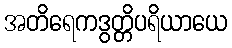
အတိရေကဒွတ္တိပရိယာယေ